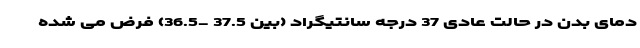
دمای بدن در حالت عادی 37 درجه سانتیگراد (بین 37.5 -36.5) فرض می شده